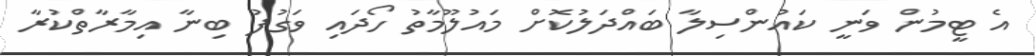
އެ ޓީމުން ވަނީ ކައުންސިލާ ބައްދަލުކޮށް މައުލޫމާތު ހޯދައި ވަގުފު ބިނާ އިމާރާތްކުރާ